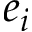
e _ { i }